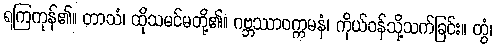
ရကြကုန်၏။ တာသံ၊ ထိုသမင်မတို့၏။ ဂဗ္ဘဿာဝက္ကမနံ၊ ကိုယ်ဝန်သို့သက်ခြင်း။ တွံ၊